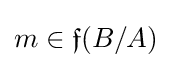
m\in {\mathfrak {f}}(B/A)